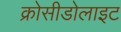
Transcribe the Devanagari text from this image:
क्रोसीडोलाइट